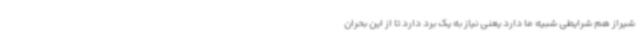
شیراز هم شرایطی شبیه ما دارد یعنی نیاز به یک برد دارد تا از این بحران